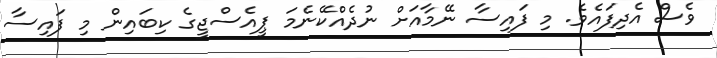
ވެސް އެދިފައެވެ. މި ފައިސާ ނޭމާއަށް ނުދެއްކޭނެމަ ޕީއެސްޖީގެ ކިބައިން މި ފައިސާ